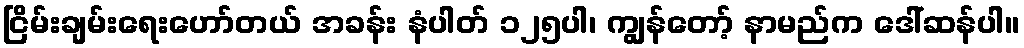
ငြိမ်းချမ်းရေးဟော်တယ် အခန်း နံပါတ် ၁၂၅ပါ၊ ကျွန်တော့် နာမည်က ဒေါ်ဆန်ပါ။